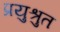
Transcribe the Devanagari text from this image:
प्रयुश्रुत